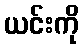
ယင်းကို